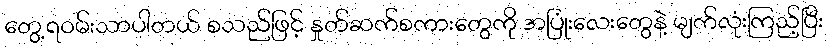
တွေ့ရဝမ်းသာပါတယ် စသည်ဖြင့် နှုတ်ဆက်စကားတွေကို အပြုံးလေးတွေနဲ့ မျက်လုံးကြည့်ပြီး